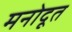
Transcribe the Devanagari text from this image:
मनोदूत